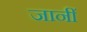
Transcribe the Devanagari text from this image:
जानीं